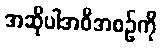
အဆိုပါအစီအစဉ်ကို